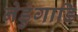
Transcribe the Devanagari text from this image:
नेडुंगाडि